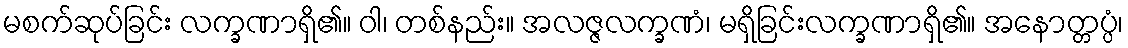
မစက်ဆုပ်ခြင်း လက္ခဏာရှိ၏။ ဝါ၊ တစ်နည်း။ အလဇ္ဇလက္ခဏံ၊ မရှိခြင်းလက္ခဏာရှိ၏။ အနောတ္တပ္ပံ၊